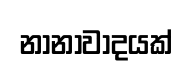
නානාවාදයක්